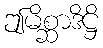
ဤမိစ္ဆာဒိဋ္ဌိ